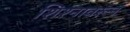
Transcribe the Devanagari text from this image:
शिश्नावरून